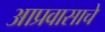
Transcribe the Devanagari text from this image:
आप्रवासाचे